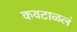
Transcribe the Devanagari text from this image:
कवटाळलं